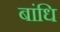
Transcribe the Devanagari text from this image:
बांधि